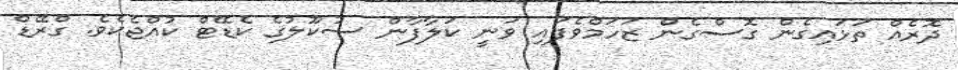
ދޮރެއް ތަޅައިގެން ގޮސްގެން ޒަހަމްވެފައި ވަނީ ކަލާފާން ސުކޫލުގެ ކެޑޭޓް ކުއްޖެކެވެ. ގްރޭޑް